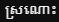
ស្រណោះ